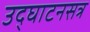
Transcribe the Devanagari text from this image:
उद्‍घाटनसत्र